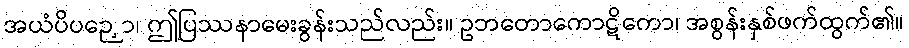
အယံပိပဉှော၊ ဤပြဿနာမေးခွန်းသည်လည်း။ ဥဘတောကောဋိကော၊ အစွန်းနှစ်ဖက်ထွက်၏။